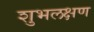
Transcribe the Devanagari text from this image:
शुभलक्षण